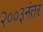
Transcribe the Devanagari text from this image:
२००३नंतर